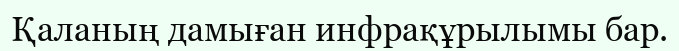
Қаланың дамыған инфрақұрылымы бар.